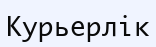
Курьерлік